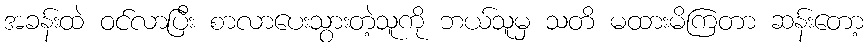
အခန်းထဲ ဝင်လာပြီး စာလာပေးသွားတဲ့သူကို ဘယ်သူမှ သတိ မထားမိကြတာ ဆန်းတော့